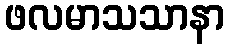
ဖလမာသသာနာ